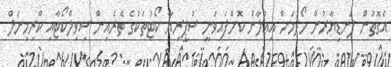
އެގޮތުން ފަނޑިޔާރުން ހޯދުމަށް އިޢުލާން ކޮށްފައިވަނީ ސުޕީރިޔާ ކޯޓުތަކުގެ ތެރެއިން ސިވިލްކޯޓާއި ކްރިމިނަލް